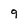
Character: q